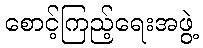
စောင့်ကြည့်ရေးအဖွဲ့